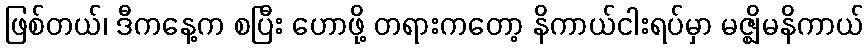
ဖြစ်တယ်၊ ဒီကနေ့က စပြီး ဟောဖို့ တရားကတော့ နိကာယ်ငါးရပ်မှာ မဇ္ဈိမနိကာယ်